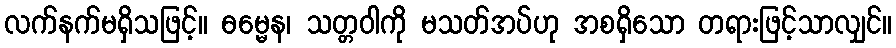
လက်နက်မရှိသဖြင့်။ ဓမ္မေန၊ သတ္တဝါကို မသတ်အပ်ဟု အစရှိသော တရားဖြင့်သာလျှင်။